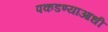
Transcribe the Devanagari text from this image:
पकडण्याआधी